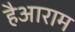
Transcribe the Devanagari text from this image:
हैआराम